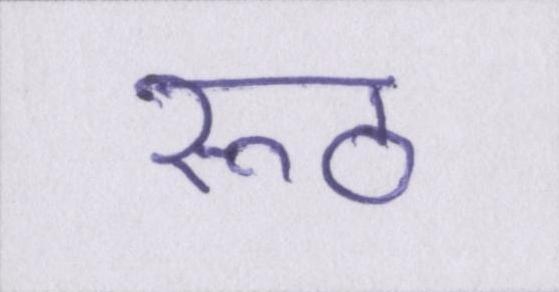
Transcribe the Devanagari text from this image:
रूठ